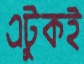
এটুকই